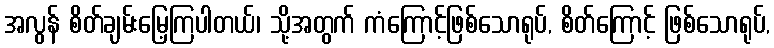
အလွန် စိတ်ချမ်းမြေ့ကြပါတယ်၊ သို့အတွက် ကံကြောင့်ဖြစ်သောရုပ်, စိတ်ကြောင့် ဖြစ်သောရုပ်,